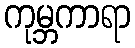
ကုမ္ဘကာရာ